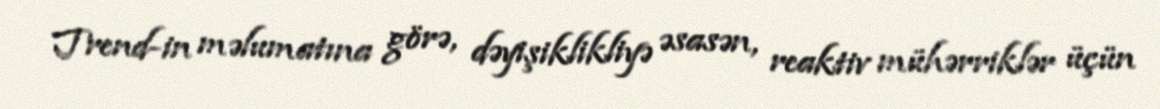
Trend-in məlumatına görə, dəyişiklikliyə əsasən, reaktiv mühərriklər üçün